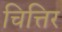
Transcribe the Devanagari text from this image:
चित्तिर